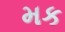
મક